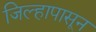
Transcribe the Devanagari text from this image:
जिल्हापासून